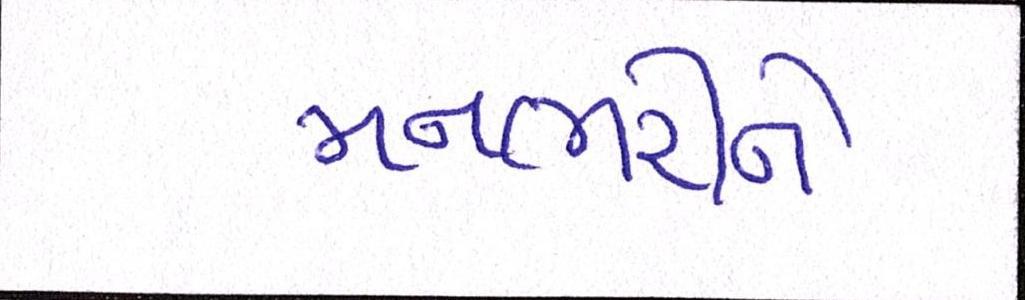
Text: મનભરીને